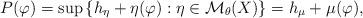
LaTeX: \begin{align*}P(\varphi)=\sup\left\{ h_{\eta}+\eta(\varphi):\eta\in\mathcal{M}_{\theta}(X)\right\} =h_{\mu}+\mu(\varphi),\end{align*}